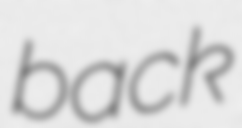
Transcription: back